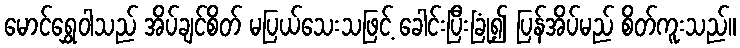
မောင်ရွှေဝါသည် အိပ်ချင်စိတ် မပြယ်သေးသဖြင့် ခေါင်းပြီးခြုံ၍ ပြန်အိပ်မည် စိတ်ကူးသည်။